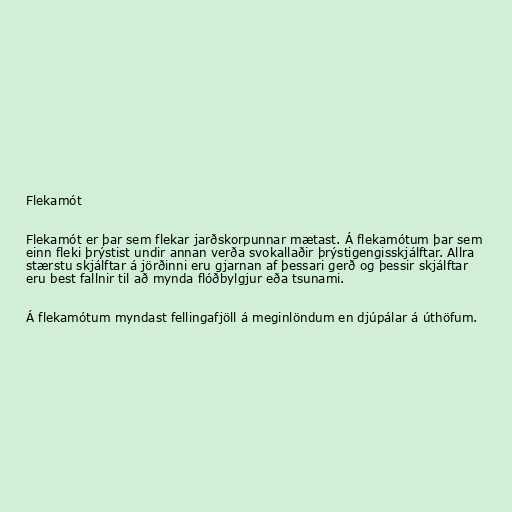
Flekamót

Flekamót er þar sem flekar jarðskorpunnar mætast. Á flekamótum þar sem
einn fleki þrýstist undir annan verða svokallaðir þrýstigengisskjálftar. Allra
stærstu skjálftar á jörðinni eru gjarnan af þessari gerð og þessir skjálftar
eru best fallnir til að mynda flóðbylgjur eða tsunami.

Á flekamótum myndast fellingafjöll á meginlöndum en djúpálar á úthöfum.